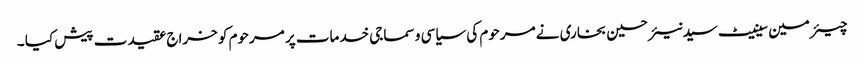
چیئرمین سینیٹ سید نیئر حسین بخاری نے مرحوم کی سیاسی و سماجی خدمات پر مرحوم کو خراج عقیدت پیش کیا ۔